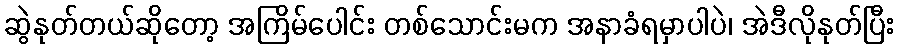
ဆွဲနုတ်တယ်ဆိုတော့ အကြိမ်ပေါင်း တစ်သောင်းမက အနာခံရမှာပါပဲ၊ အဲဒီလိုနုတ်ပြီး